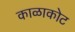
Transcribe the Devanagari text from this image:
काळाकोट